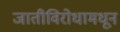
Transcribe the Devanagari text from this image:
जातीविरोधामधून